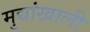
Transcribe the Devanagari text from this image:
मुद्यांखाली